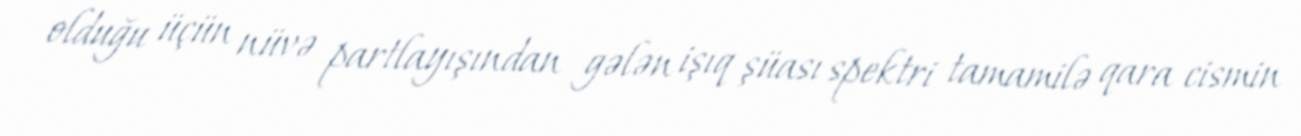
olduğu üçün nüvə partlayışından gələn işıq şüası spektri tamamilə qara cismin